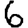
Digit: 6